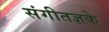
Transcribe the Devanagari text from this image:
संगीतज्ञके